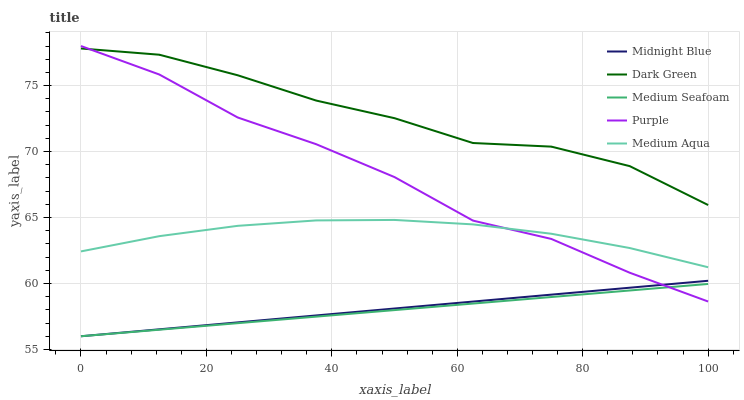
| xaxis_label | Midnight Blue | Dark Green | Medium Seafoam | Purple | Medium Aqua |
 | --- | --- | --- | --- | --- | --- |
 | 0 | 56 | 77.8 | 56 | 78 | 62.4 |
 | 12.5 | 56.5 | 77.3 | 56.5 | 75.8 | 63.6 |
 | 25 | 57.1 | 75.8 | 57 | 72.6 | 64.4 |
 | 37.5 | 57.6 | 73.9 | 57.5 | 70.6 | 64.8 |
 | 50 | 58.1 | 72.5 | 58 | 68.1 | 64.8 |
 | 62.5 | 58.6 | 70.6 | 58.5 | 64.8 | 64.5 |
 | 75 | 59.2 | 70.4 | 59 | 63.4 | 63.8 |
 | 87.5 | 59.7 | 68.9 | 59.5 | 60.8 | 62.7 |
 | 100 | 60.2 | 65.9 | 60 | 58.6 | 61.2 |